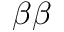
\beta \beta